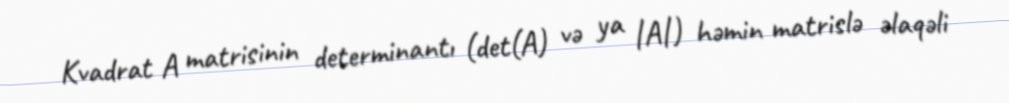
Kvadrat A matrisinin determinantı (det(A) və ya |A|) həmin matrislə əlaqəli